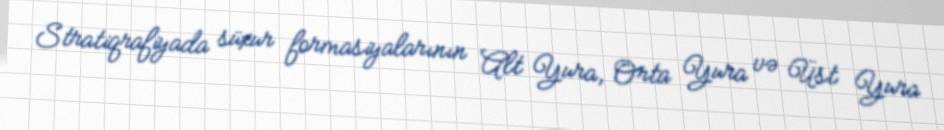
Stratiqrafiyada süxur formasiyalarının Alt Yura, Orta Yura və Üst Yura